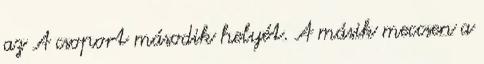
az A csoport második helyét. A másik meccsen a